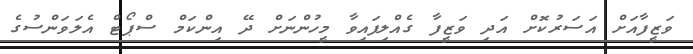
ވަޒީފާއަށް އަސަރުކޮށް އަދި ވަޒީފާ ގެއްލިފައިވާ މީހުންނަށް ދޭ އިންކަމް ސްޕޯޓް އެލަވަންސުގެ